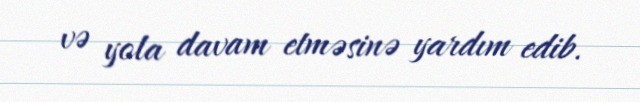
və yola davam etməsinə yardım edib.